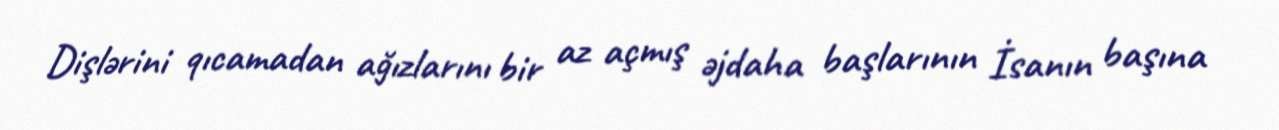
Dişlərini qıcamadan ağızlarını bir az açmış əjdaha başlarının İsanın başına